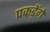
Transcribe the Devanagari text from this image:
पकड़ेंगे